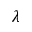
\lambda